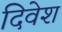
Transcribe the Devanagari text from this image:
दिवेश